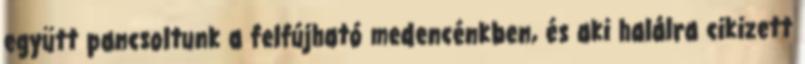
együtt pancsoltunk a felfújható medencénkben, és aki halálra cikizett